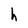
Character: h